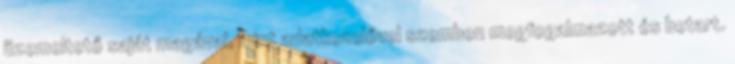
üzemeltető saját magával, mint adatkezelővel szemben megfogalmazott és betart.